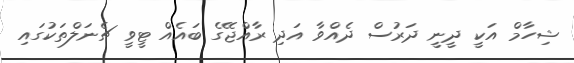
ޝިހާމް އަކީ ދީނީ ދަރުސް ދެއްވާ އަދި ރާއްޖޭގެ ބައެއް ޓީވީ ޗެނަލްތަކުގައި